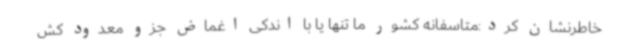
خاطرنشان کرد:متاسفانه کشور ما تنها یا با اندکی اغماض جزو معدود کش